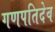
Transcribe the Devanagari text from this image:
गणपतिदेव